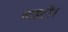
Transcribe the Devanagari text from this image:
साइटों।